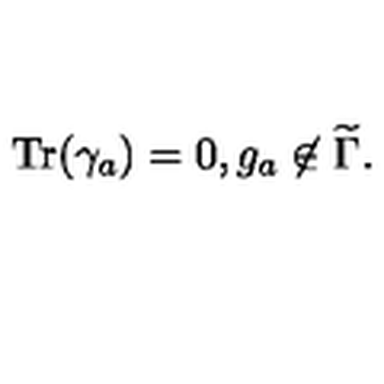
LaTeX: \mathrm { T r } ( \gamma _ { a } ) = 0 , g _ { a } \not \in { \widetilde \Gamma } .